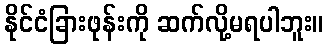
နိုင်ငံခြားဖုန်းကို ဆက်လို့မရပါဘူး။